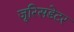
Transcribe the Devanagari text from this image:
जूरिसडेटर